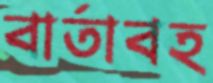
বার্তাবহ